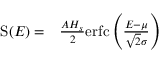
\begin{array} { r l } { \mathrm { S } ( E ) = } & { { } \frac { A H _ { s } } { 2 } \mathrm { e r f c } \left( \frac { E - \mu } { \sqrt { 2 } \sigma } \right) } \end{array}